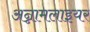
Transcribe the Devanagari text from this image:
अन्नामलाइयर